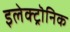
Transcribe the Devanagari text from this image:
इलेक्ट्रॊनिक